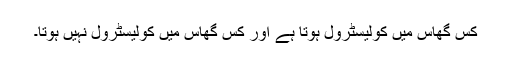
کس گھاس میں کولیسٹرول ہوتا ہے اور کس گھاس میں کولیسٹرول نہیں ہوتا۔